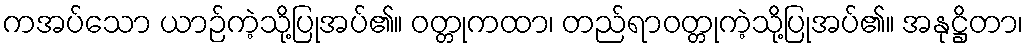
ကအပ်သော ယာဉ်ကဲ့သို့ပြုအပ်၏။ ဝတ္တုကထာ၊ တည်ရာဝတ္တုကဲ့သို့ပြုအပ်၏။ အနုဋ္ဌိတာ၊